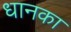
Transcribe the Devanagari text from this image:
धानका